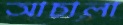
আচালা